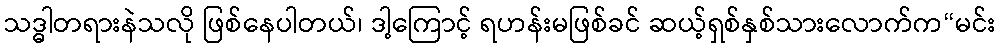
သဒ္ဓါတရားနဲသလို ဖြစ်နေပါတယ်၊ ဒါ့ကြောင့် ရဟန်းမဖြစ်ခင် ဆယ့်ရှစ်နှစ်သားလောက်က“မင်း